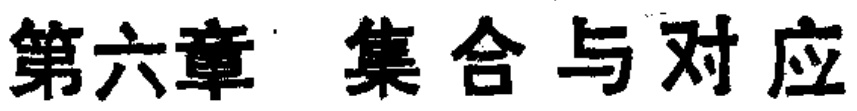
第六章 集合与对应